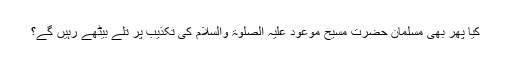
کیا پھر بھی مسلمان حضرت مسیح موعود علیہ الصلوٰۃ والسلام کی تکذیب پر تلے بیٹھے رہیں گے؟